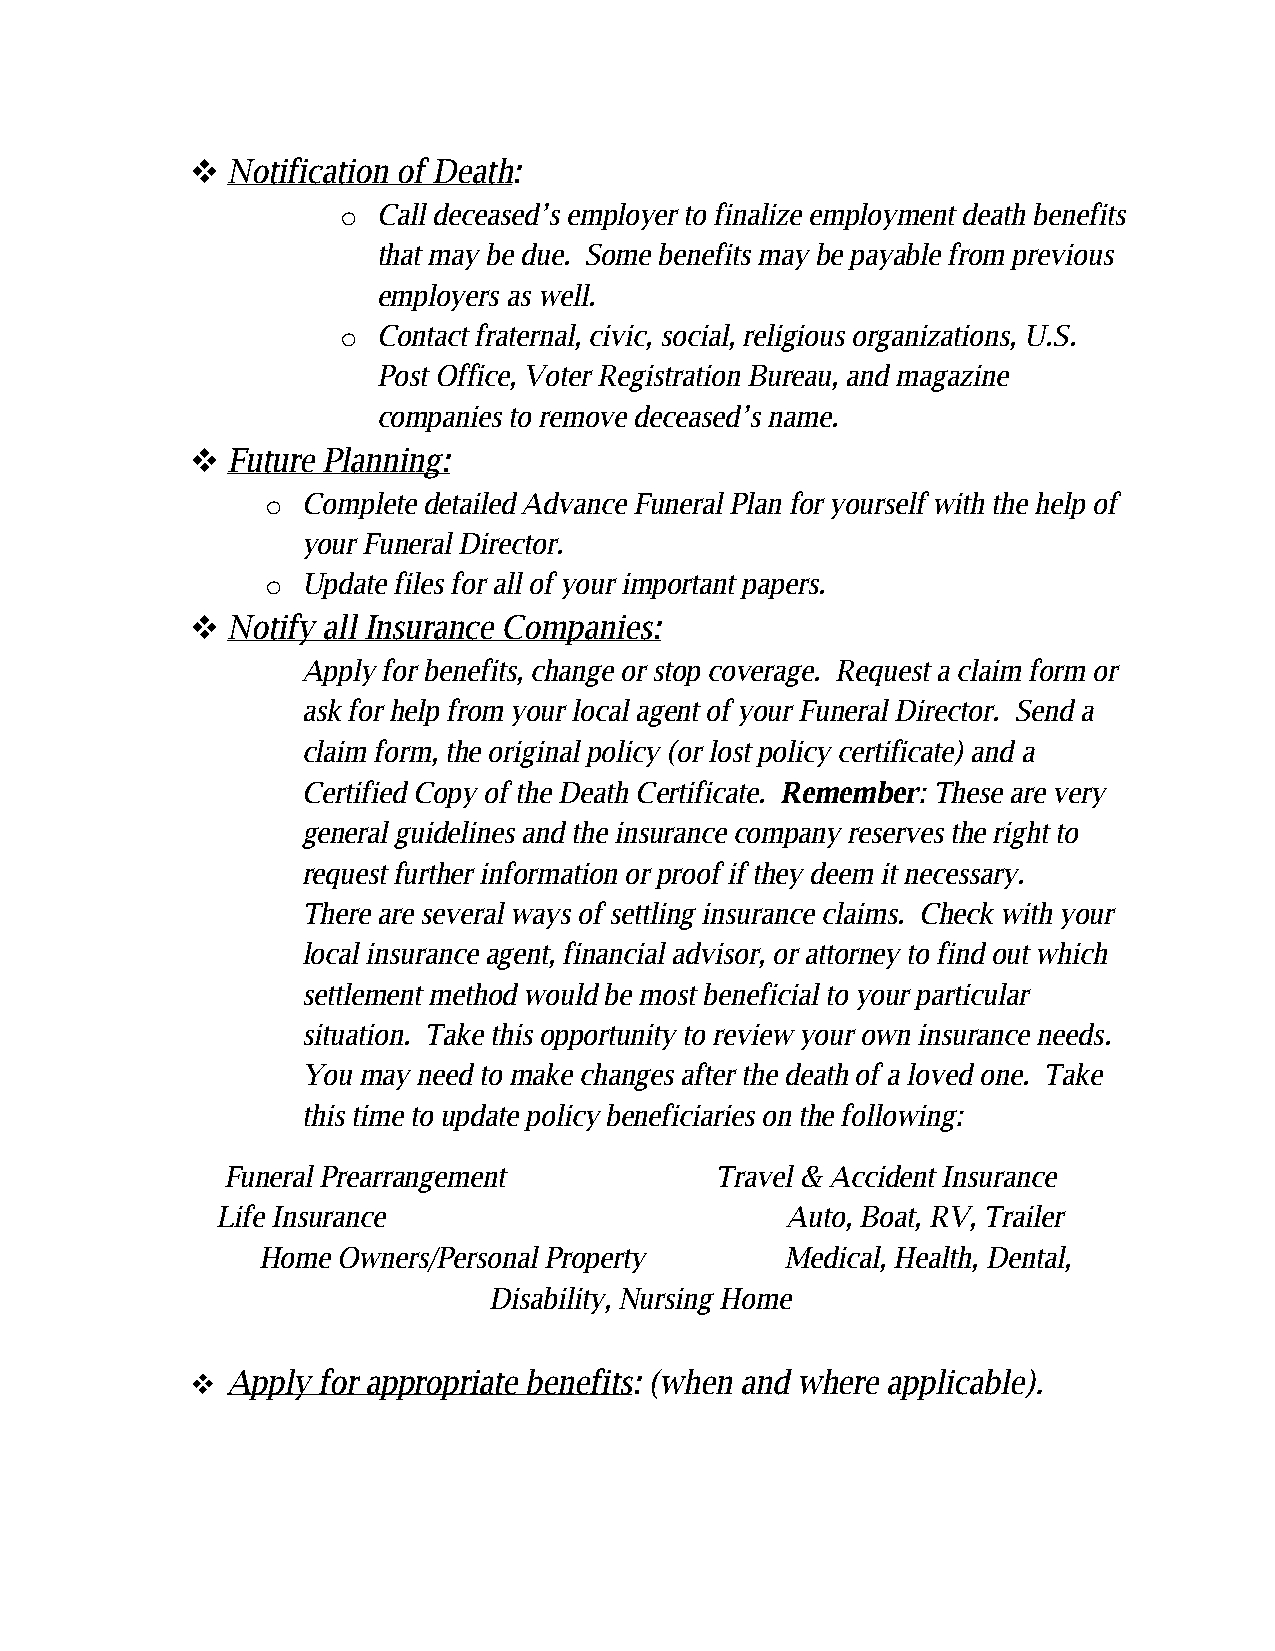
!!Notification of Death:
 o! Call deceased’s employer to finalize employment death benefits
 that may be due. Some benefits may be payable from previous
 employers as well.
 o! Contact fraternal, civic, social, religious organizations, U.S.
 Post Office, Voter Registration Bureau, and magazine
 companies to remove deceased’s name.
 !!Future Planning:
 o! Complete detailed Advance Funeral Plan for yourself with the help of
 your Funeral Director.
 o! Update files for all of your important papers.
 !!Notify all Insurance Companies:
 Apply for benefits, change or stop coverage. Request a claim form or
 ask for help from your local agent of your Funeral Director. Send a
 claim form, the original policy (or lost policy certificate) and a
 Certified Copy of the Death Certificate. Remember: These are very
 general guidelines and the insurance company reserves the right to
 request further information or proof if they deem it necessary.
 There are several ways of settling insurance claims. Check with your
 local insurance agent, financial advisor, or attorney to find out which
 settlement method would be most beneficial to your particular
 situation. Take this opportunity to review your own insurance needs.
 You may need to make changes after the death of a loved one. Take
 this time to update policy beneficiaries on the following:
 Funeral Prearrangement          Travel & Accident Insurance
 Life Insurance                        Auto, Boat, RV, Trailer
 Home Owners/Personal Property      Medical, Health, Dental,
 Disability, Nursing Home
 !!Apply for appropriate benefits: (when and where applicable).